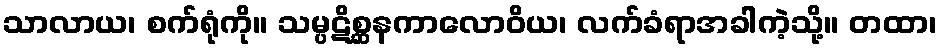
သာလာယ၊ စက်ရုံကို။ သမ္ပဋိစ္ဆနကာလောဝိယ၊ လက်ခံရာအခါကဲ့သို့။ တထာ၊